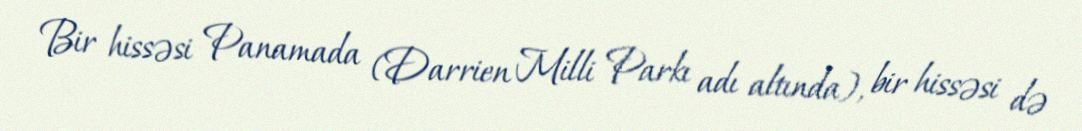
Bir hissəsi Panamada (Darrien Milli Parkı adı altında), bir hissəsi də